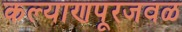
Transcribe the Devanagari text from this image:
कल्याणपूरजवळ